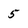
Character: 5